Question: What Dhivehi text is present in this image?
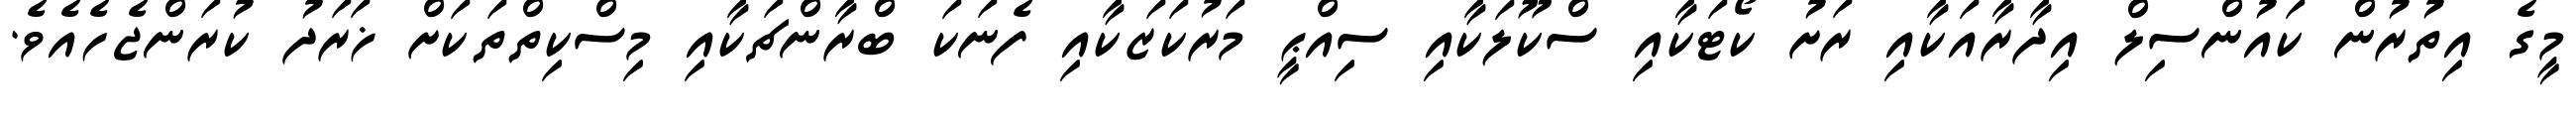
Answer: މީގެ އިތުރުން ކައުންސިލް އިދާރާއަކާއި ރަށު ކޯޓަކާއި ސްކޫލަކާއި ސިއްޙީ މަރުކަޒަކާއި ފެނަކަ ބްރާންޗަކާއި މިސްކިތްތަކަށް ޚަރަދު ކުރަންޖެހެއެވެ.